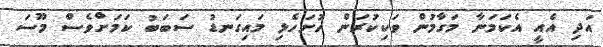
އަދި އެއީ އެކަމަނާ މަގާމުން ވަކިކުރަން ހުށަހެޅި މައިގަނޑު ސަބަބު ކަމަށްވެސް މޫސަ